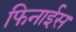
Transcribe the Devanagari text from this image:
फिनाईस